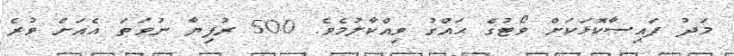
މަދު ފައިސާކޮޅަކަށް ވޯޓުގެ ޙައްގު ވިއްކާލުމެވެ. 500 ރުފިޔާ ނުވަތަ އެއަށް ވުރެ